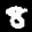
Label: 8